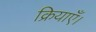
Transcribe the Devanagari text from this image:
क्रियाएँ।